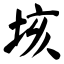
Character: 垓